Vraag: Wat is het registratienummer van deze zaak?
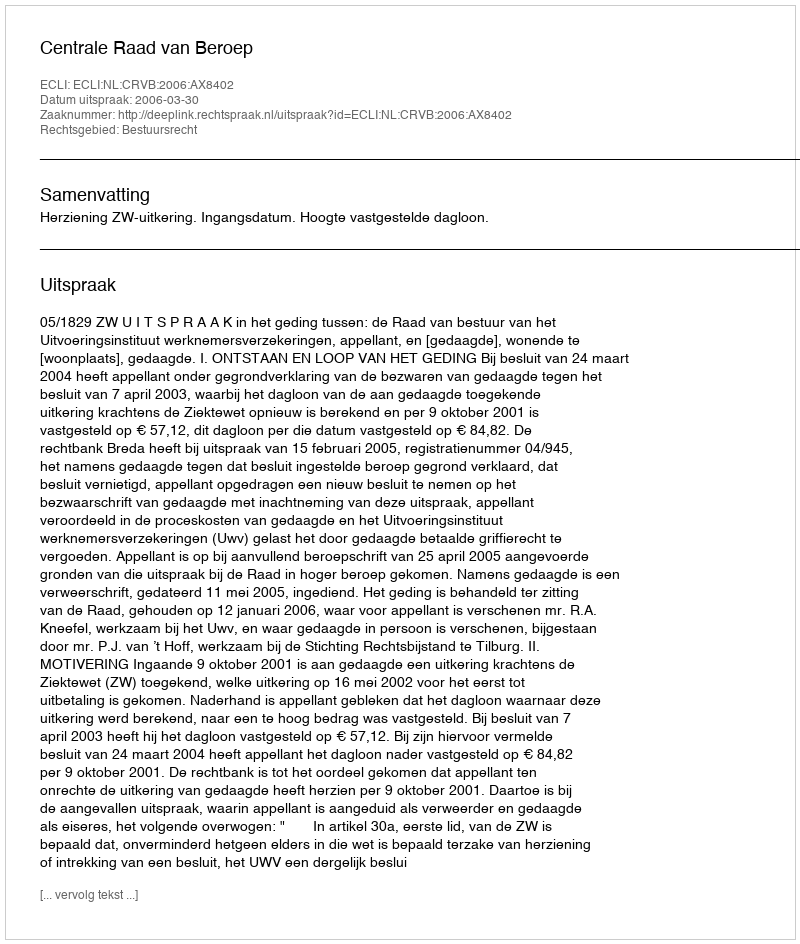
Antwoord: http://deeplink.rechtspraak.nl/uitspraak?id=ECLI:NL:CRVB:2006:AX8402